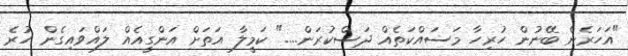
"އަހަރެން ބޭނުން ހުރިހާ މަސައްކަތެއް ދަސްކުރަން...." ކަމީލާ އަތަށް އަންގީއެއް ލައްވައިގެން ހުރެ